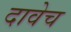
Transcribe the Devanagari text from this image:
दावेच